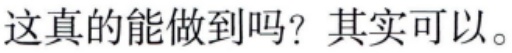
这真的能做到吗？其实可以。